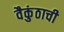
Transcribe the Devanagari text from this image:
वैकुंठाची